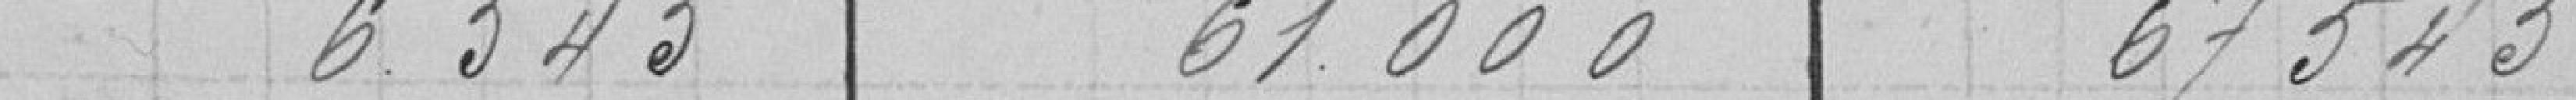
6.545              61.000         67.545